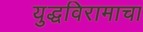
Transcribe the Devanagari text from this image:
युद्धविरामाचा